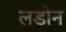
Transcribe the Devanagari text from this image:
लडोन